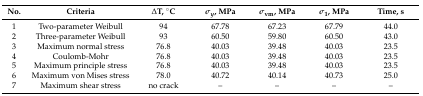
<table><thead><tr><td><b>No.</b></td><td><b>Criteria</b></td><td><b>ΔT, °C</b></td><td><b><i>σ<sub>y</sub></i>, MPa</b></td><td><b><i>σ</i><sub>vm</sub>, MPa</b></td><td><b><i>σ</i><sub>1</sub>, MPa</b></td><td><b>Time, s</b></td></tr></thead><tbody><tr><td>1</td><td>Two-parameter Weibull</td><td>94</td><td>67.78</td><td>67.23</td><td>67.79</td><td>44.0</td></tr><tr><td>2</td><td>Three-parameter Weibull</td><td>93</td><td>60.50</td><td>59.80</td><td>60.50</td><td>43.0</td></tr><tr><td>3</td><td>Maximum normal stress</td><td>76.8</td><td>40.03</td><td>39.48</td><td>40.03</td><td>23.5</td></tr><tr><td>4</td><td>Coulomb-Mohr</td><td>76.8</td><td>40.03</td><td>39.48</td><td>40.03</td><td>23.5</td></tr><tr><td>5</td><td>Maximum principle stress</td><td>76.8</td><td>40.03</td><td>39.48</td><td>40.03</td><td>23.5</td></tr><tr><td>6</td><td>Maximum von Mises stress</td><td>78.0</td><td>40.72</td><td>40.14</td><td>40.73</td><td>25.0</td></tr><tr><td>7</td><td>Maximum shear stress</td><td>no crack</td><td>–</td><td>–</td><td>–</td><td>–</td></tr></tbody></table>